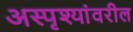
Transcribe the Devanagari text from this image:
अस्पृश्यांवरील